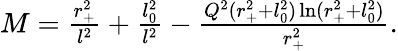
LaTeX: \begin{array}{r}{M=\frac{r_{+}^{2}}{l^{2}}+\frac{l_{0}^{2}}{l^{2}}-\frac{Q^{2}(r_{+}^{2}+l_{0}^{2})\ln(r_{+}^{2}+l_{0}^{2})}{r_{+}^{2}}.}\end{array}